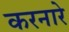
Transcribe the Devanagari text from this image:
करनारे